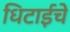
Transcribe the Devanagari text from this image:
धिटाईचे